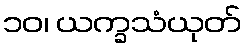
၁၀၊ ယက္ခသံယုတ်